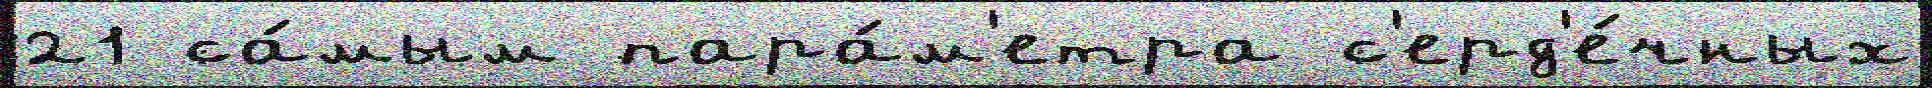
21 са́мым пара́м'етра с'ерд'е́чных